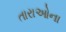
તારાઓના